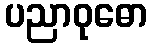
ပညာဝုဓော